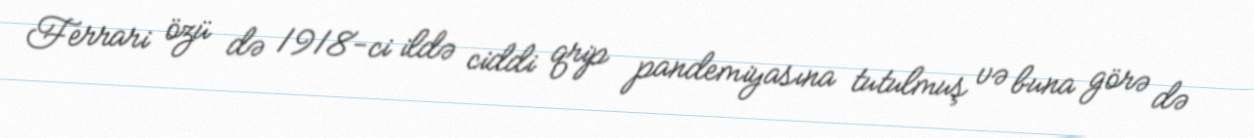
Ferrari özü də 1918-ci ildə ciddi qrip pandemiyasına tutulmuş və buna görə də